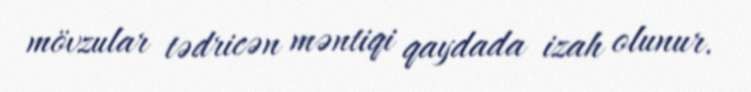
mövzular tədricən məntiqi qaydada izah olunur.